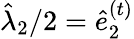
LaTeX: \hat{\lambda}_{2}/2=\hat{e}_{2}^{(t)}